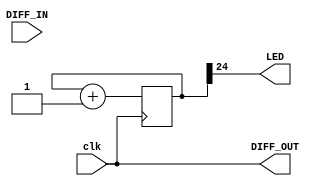

module lvds (input wire clk,        // 50MHz input clock
              output wire LED,       // LED ouput
              input DIFF_IN,
              output DIFF_OUT);
    
    reg [31:0] cnt; // 32-bit counter

    initial begin
        cnt <= 32'h00000000; // start at zero
    end
    
    always @(posedge clk) begin
        cnt <= cnt + 1; // count up
    end
    
    //assign LED to 25th bit of the counter to blink the LED at a few Hz
    assign LED        = cnt[24];
    assign DIFF_OUT = clk;
    
endmodule